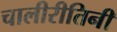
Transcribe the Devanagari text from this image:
चालीरीतिनी